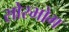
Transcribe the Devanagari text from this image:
सोरभोग